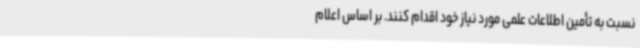
نسبت به تأمین اطلاعات علمی مورد نیاز خود اقدام کنند. بر اساس اعلام